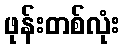
ဖုန်းတစ်လုံး